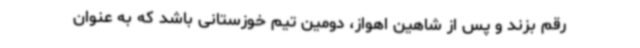
رقم بزند و پس از شاهین اهواز، دومین تیم خوزستانی باشد که به عنوان